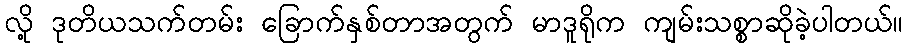
လို့ ဒုတိယသက်တမ်း ခြောက်နှစ်တာအတွက် မာဒူရိုက ကျမ်းသစ္စာဆိုခဲ့ပါတယ်။